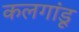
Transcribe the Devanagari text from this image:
कलगांडू